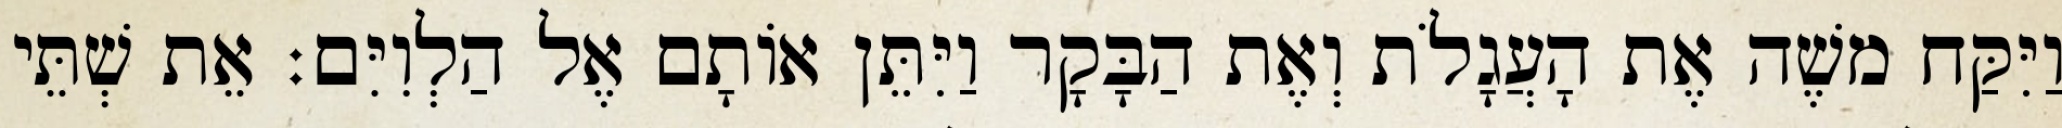
וַיִּקַּח משֶׁה אֶת הָעֲגָלֹת וְאֶת הַבָּקָר וַיִּתֵּן אוֹתָם אֶל הַלְוִיִּם׃ אֵת שְׁתֵּי